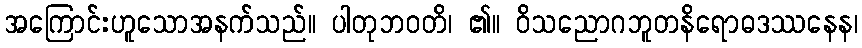
အကြောင်းဟူသောအနက်သည်။ ပါတုဘဝတိ၊ ၏။ ဝိသညောဂဘူတနိရောဓဒဿနေန၊